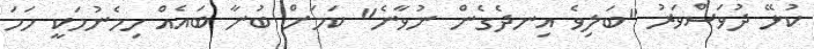
ކުޅޭ ދުވަސްވަރު "ބަލިވެ އިނދެގެން ނުވާނެ" ކަމަށް ބުނާ ބައެއް ހިމެނުމަކީ ހަމަ